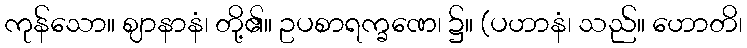
ကုန်သော။ ဈာနာနံ၊ တို့၏။ ဥပစာရက္ခဏေ၊ ၌။ (ပဟာနံ၊ သည်။ ဟောတိ၊